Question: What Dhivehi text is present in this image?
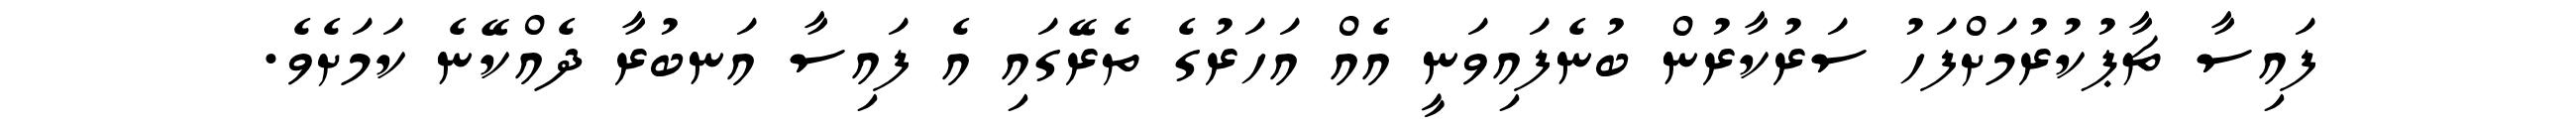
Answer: ފައިސާ ޗާޕުކުރުމަށްފަހު ސަރުކާރުން ބުނެފައިވަނީ އެއް އަހަރުގެ ތެރޭގައި އެ ފައިސާ އަނބުރާ ދެއްކޭނެ ކަމަށެވެ.